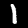
Label: 1